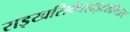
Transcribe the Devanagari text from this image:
राइखसिकेरहाइटशॉप्टाम्ट